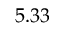
5 . 3 3